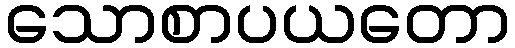
သောစာပယတော